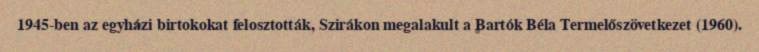
1945-ben az egyházi birtokokat felosztották, Szirákon megalakult a Bartók Béla Termelőszövetkezet (1960).